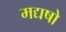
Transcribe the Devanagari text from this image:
मद्यषो